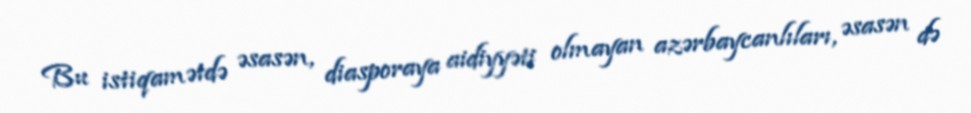
Bu istiqamətdə əsasən, diasporaya aidiyyəti olmayan azərbaycanlıları, əsasən də